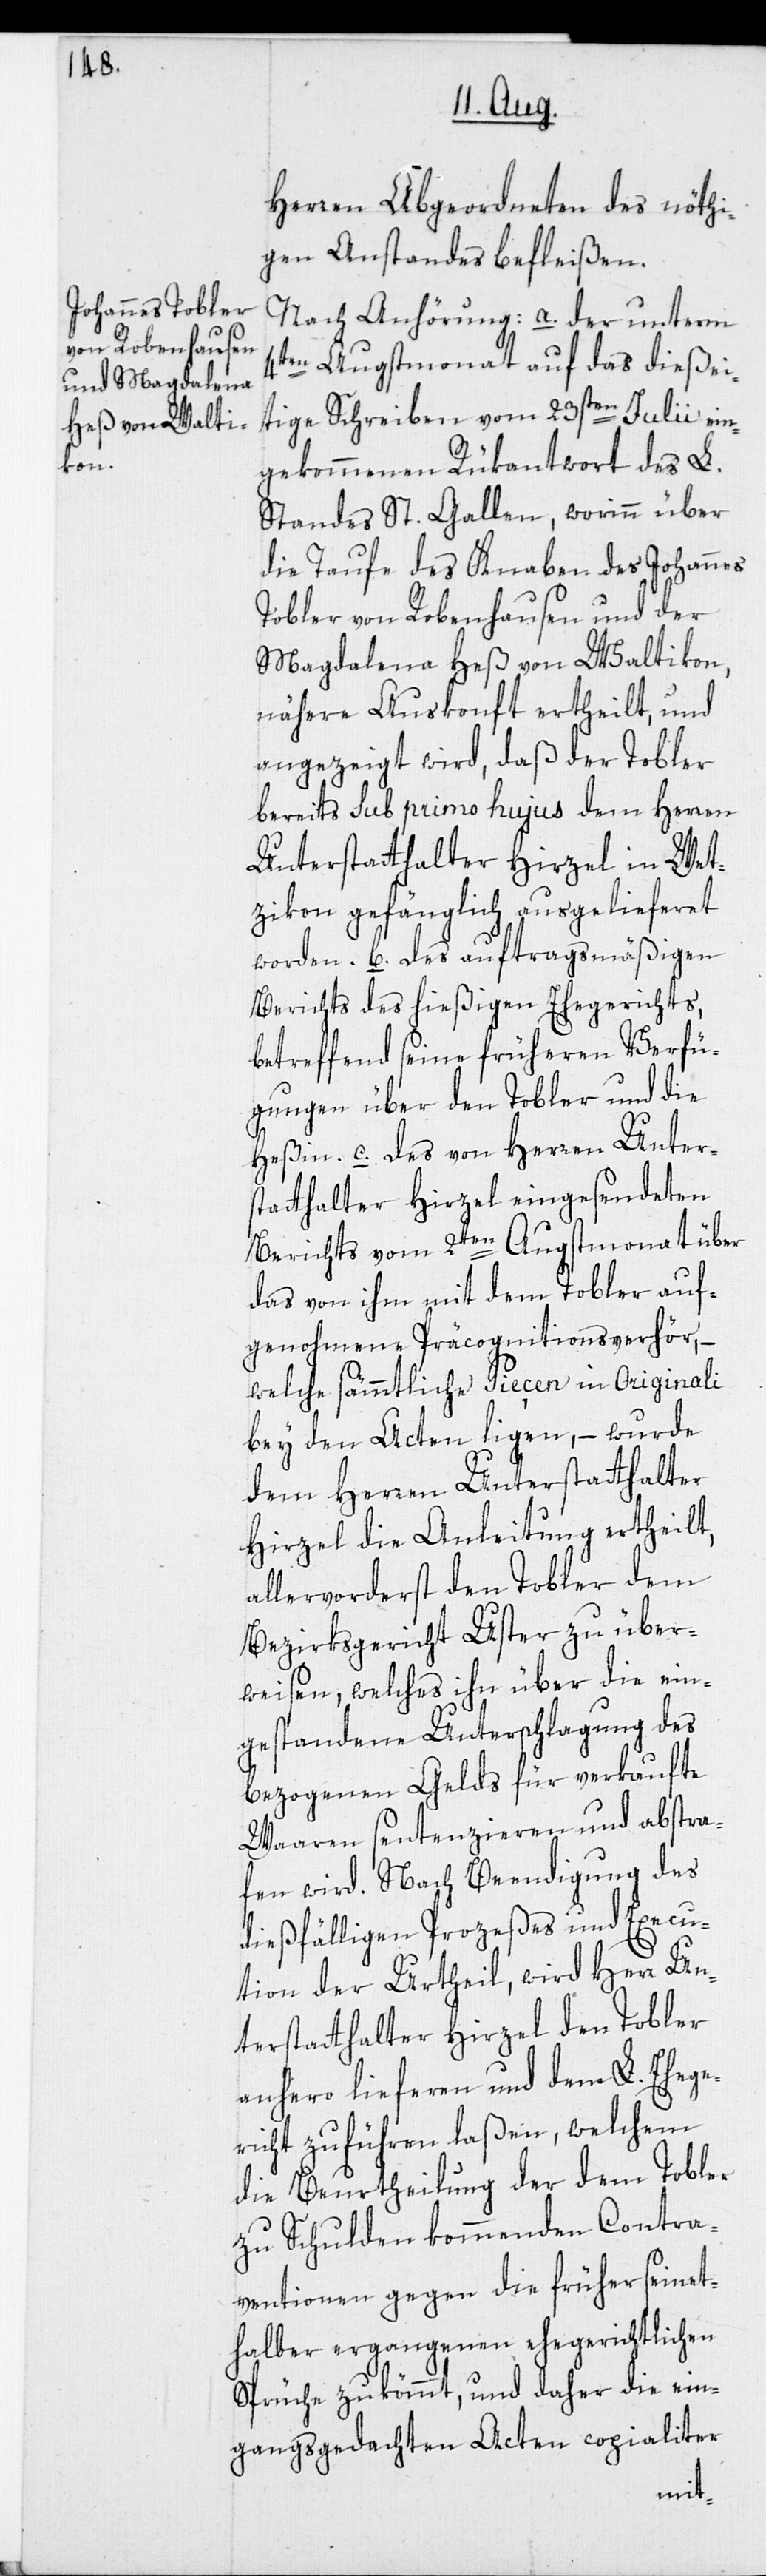
Herren Abgeordneten des nöthi¬
gen Anstandes befleißen.
Nach Anhörung: a. der unterm
4ten Augstmonat auf das dießei¬
tige Schreiben vom 23sten Julii ein¬
gekommenen Rükantwort des L.
Standes St. Gallen, worinn über
die Taufe des Knaben des Johannes
Tobler von Robenhausen und der
Magdalena Heß von Waltikon,
nähere Auskonft ertheilt, und
angezeigt wird, daß der Tobler
bereits sub primo hujus dem Herren
Unterstatthalter Hirzel in Wet¬
zikon gefänglich ausgelieferet
worden. b. Des auftragsmäßigen
Berichts des hießigen Ehegerichts,
betreffend seine früheren Verfü¬
gungen über den Tobler und die
Heßin. c. Des von Herren Unter¬
statthalter Hirzel eingesendeten
Berichts vom 2ten Augstmonat über
das von ihm mit dem Tobler auf¬
genohmene Präcognitionsverhör,
welche sämmtliche Pieçen in Originali
bey den Acten ligen, – wurde
dem Herren Unterstatthalter
Hirzel die Anleitung ertheilt,
allervorderst den Tobler dem
Bezirksgericht Uster zu über¬
weisen, welches ihn über die ein¬
gestandene Unterschlagung des
bezogenen Gelds für verkaufte
Waaren sentenzieren und abstra¬
fen wird. Nach Beendigung des
dießfälligen Prozeßes und Execu¬
tion der Urtheil, wird Herr Un¬
terstatthalter Hirzel den Tobler
anhero lieferen und dem L. Ehege¬
richt zuführen laßen, welchem
die Beurtheilung der dem Tobler
zu Schulden kommenden Contra¬
ventionen gegen die früher seinet¬
halber ergangenen ehegerichtlichen
Sprüche zukömmt, und daher die ein¬
gangsgedachten Akten copialiter